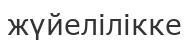
жүйелілікке